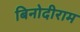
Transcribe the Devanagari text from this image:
बिनोदीराम